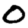
Digit: 0